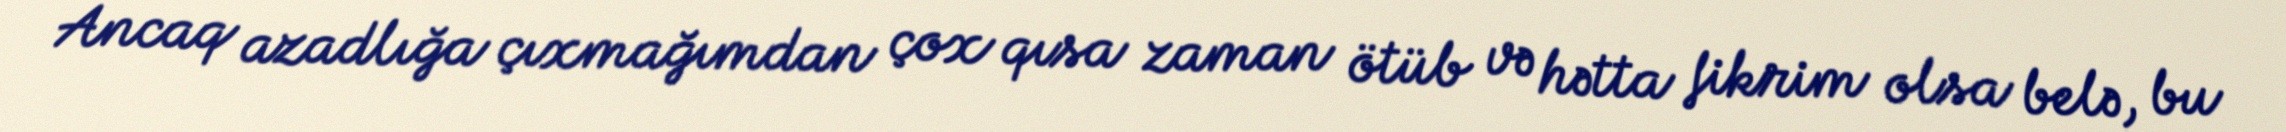
Ancaq azadlığa çıxmağımdan çox qısa zaman ötüb və hətta fikrim olsa belə, bu